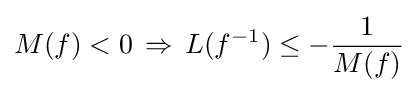
M(f)<0\,\Rightarrow \,L(f^{-1})\leq -{\frac {1}{M(f)}}